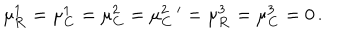
LaTeX: \mu _ { \mathbf { R } } ^ { 1 } = \mu _ { \mathbf { C } } ^ { 1 } = \mu _ { \mathbf { C } } ^ { 2 } = \mu _ { \mathbf { C } } ^ { 2 \, \, \, \prime } = \mu _ { \mathbf { R } } ^ { 3 } = \mu _ { \mathbf { C } } ^ { 3 } = 0 \, .